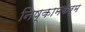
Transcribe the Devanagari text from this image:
निष्कामकर्म